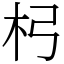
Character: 杛